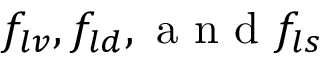
f _ { l v } , f _ { l d } , \mathrm { ~ a ~ n ~ d ~ } f _ { l s }